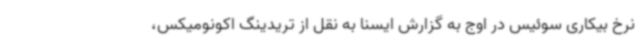
نرخ بیکاری سوئیس در اوج به گزارش ایسنا به نقل از تریدینگ اکونومیکس،